system: You are a helpful assistant.
user:
Analyze the provided spectrum to determine if it is a **Carbon Star (C-type)**.

- **Key Visual Indicators of Carbon Star:**
    - **(Primary):** Strong molecular absorption from **C₂ (diatomic carbon) "Swan Bands."** This is the **defining feature** of a carbon star.
        - **(Key Bandheads):** Sharp absorption edges are visible at approximately $5635$ Å, $5165$ Å (the strongest band), and $4737$ Å.
        - **(Line Profile):** Creates a distinct **"saw-tooth"** pattern. The key morphology is a sharp, steep bandhead on the **red (long-wavelength) side**, which then gradually tapers off (i.e., flux recovers) towards the **blue (short-wavelength) side**. *(This is the direct opposite of the TiO bands seen in M-type stars)*.

    - **(Secondary):** Intense **CN (cyanogen)** molecular absorption bands.
        - **(Key Bandheads):** Located in the blue and violet regions of the spectrum (e.g., near $4215$ Å and $3883$ Å).
        - **(Morphology):** These bands are extremely broad and act as a "blanket," absorbing the vast majority of blue and violet light. This creates a characteristic **"cliff"** or **"steep drop-off"** in the spectrum's flux at short wavelengths.

    - **(Key Confirmation):** Strong **CH absorption band (G-band)**.
        - **(Key Bandhead):** Located around $4300$ Å. The contribution from CH molecules to this band is exceptionally strong.

    - **(Overall Spectrum):**
        - The continuum is severely "chopped up" by these deep molecular bands, especially C₂, rather than appearing as a smooth curve.
        - Due to the heavy CN and C₂ absorption in the blue-green, the vast majority of the star's flux is concentrated in the red part of the spectrum, giving the star its characteristic deep red color.

Think first, call **spectral_visualization_tool** if needed to examine features in detail, then provide your final answer. Your response must adhere to the following strict rules:
1.  **Overall Structure:** Your response must follow the format `<think>...</think> <tool_call>...</tool_call> (if a tool is used) <answer>...</answer>`.
2.  **Tool Usage Constraint:** You may only make **one** tool call per turn.
3.  **Final Answer Format:** In the `<answer>` tag, your conclusion must be inside a `\boxed{}` command (e.g., `\boxed{YES}`), followed by your justification.

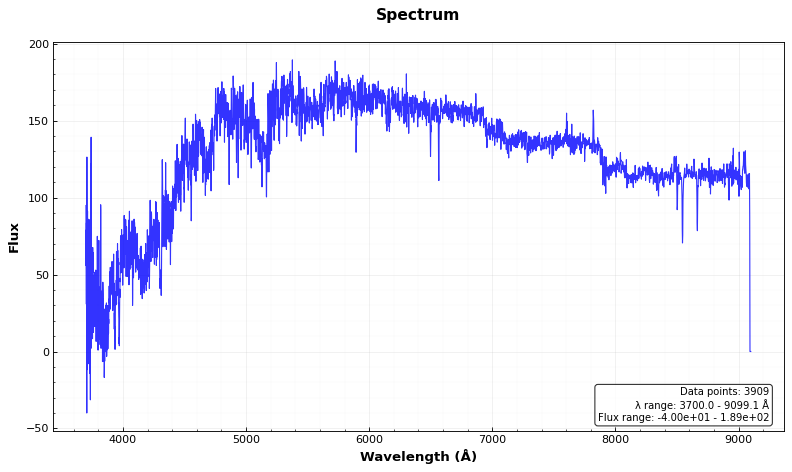
Answer: YES